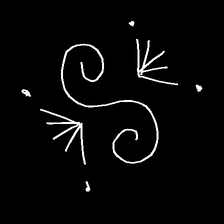
Glyph: aeroform